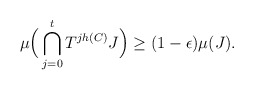
\begin{align*}\mu\Big(\bigcap_{j=0}^{t}T^{jh(C)}J\Big) \geq (1-\epsilon)\mu(J).\end{align*}